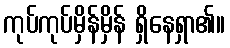
ကုပ်ကုပ်မှိန်မှိန် ရှိနေရှာ၏။